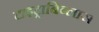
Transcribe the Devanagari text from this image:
टाइट्राबिब्लास